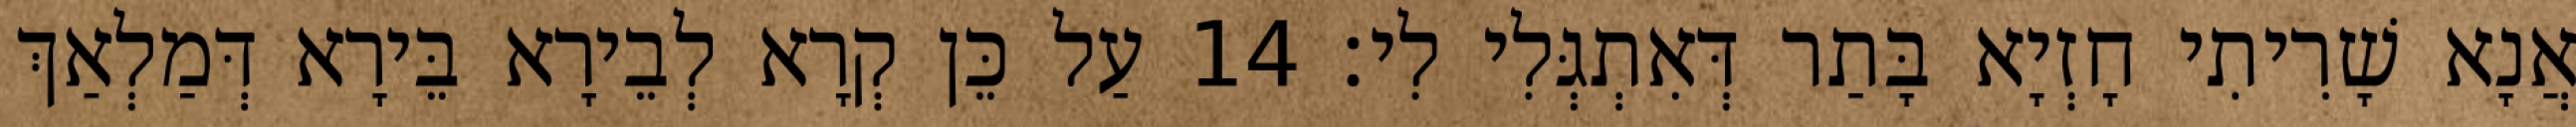
אֲנָא שָׁרִיתִי חָזְיָא בָּתַר דְּאִתְגְּלִי לִי׃ 14 עַל כֵּן קְרָא לְבֵירָא בֵּירָא דְּמַלְאַךְ